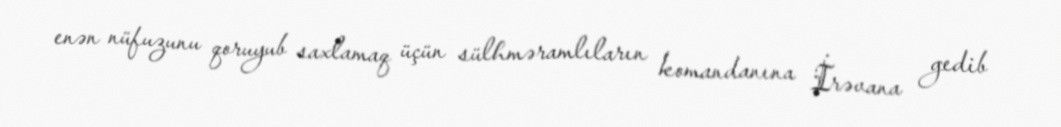
enən nüfuzunu qoruyub saxlamaq üçün sülhməramlıların komandanına İrəvana gedib